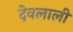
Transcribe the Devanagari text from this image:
देवलाली